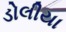
ડોલીયા